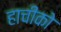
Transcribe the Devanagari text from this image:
हाचीको